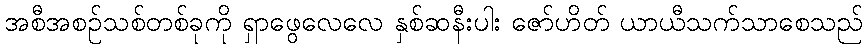
အစီအစဉ်သစ်တစ်ခုကို ရှာဖွေလေလေ နှစ်ဆနီးပါး ဇော်ဟိတ် ယာယီသက်သာစေသည်